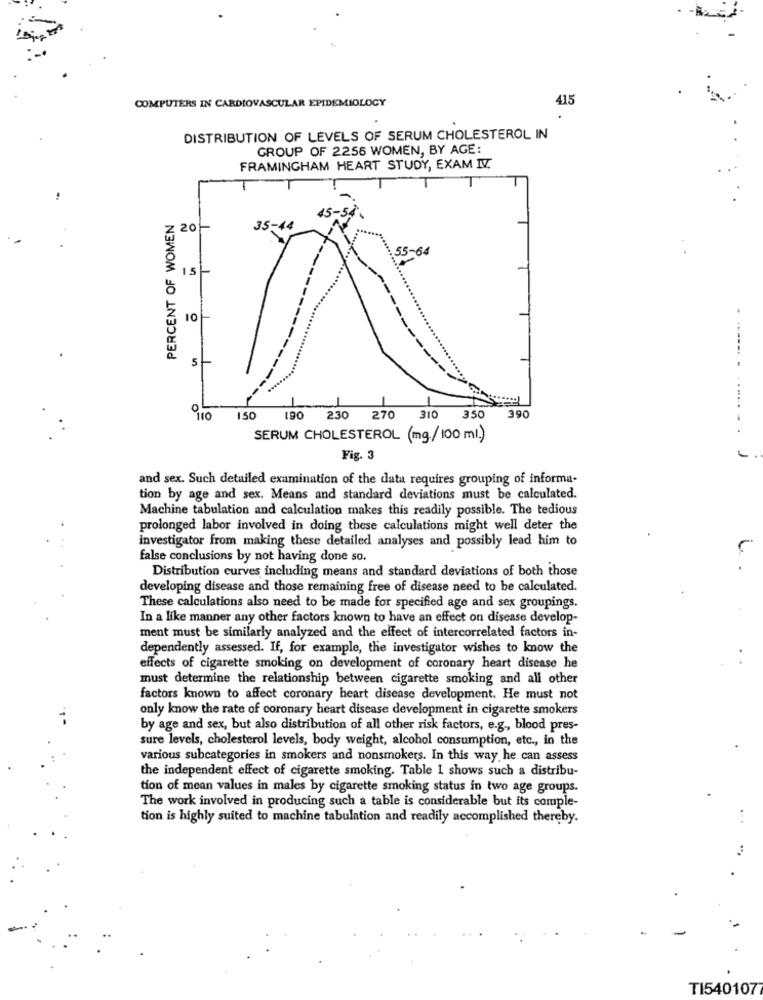
COMPUTERS IN CARDIOVASCULAR EPIDEMIOLOGY
415
DISTRIBUTION OF LEVELS OF SERUM CHOLESTEROL IN
GROUP OF 2256 WOMEN, BY AGE:
FRAMINGHAM HEART STUDY, EXAM IV.
PERCENT OF WOMEN
20-
35-
55-64
15
10
......
1to 150
190
230 270
310
350
390
SERUM CHOLESTEROL (mg/100 ml;)
Fig. 3
and sex. Such detailed examination of the data requires grouping of informa-
tion by age and sex. Means and standard deviations must be calculated.
Machine tabulation and calculation makes this readily possible. The tedious
prolonged labor involved in doing these calculations might well deter the
investigator from making these detailed analyses and possibly lead him to
false conclusions by not having done so.
Distribution curves including means and standard deviations of both those
developing disease and those remaining free of disease need to be calculated.
These calculations also need to be made for specified age and sex groupings.
In a like manner any other factors known to have an effect on disease develop-
ment must be similarly analyzed and the effect of intercorrelated factors in-
dependently assessed. If, for example, the investigator wishes to know the
effects of cigarette smoking on development of coronary heart disease he
must determine the relationship between cigarette smoking and all other
factors known to affect coronary heart disease development. He must not
only know the rate of coronary heart disease development in cigarette smokers
by age and sex, but also distribution of all other risk factors, e.g ., blood pres-
sure levels, cholesterol levels, body weight, alcohol consumption, etc ., in the
various subcategories in smokers and nonsmokers. In this way he can assess
the independent effect of cigarette smoking. Table I shows such a distribu-
tion of mean values in males by cigarette smoking status in two age groups.
The work involved in producing such a table is considerable but its comple-
tion is highly suited to machine tabulation and readily accomplished thereby.
TI5401077